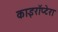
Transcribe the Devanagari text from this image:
काइरॉप्टेरा